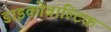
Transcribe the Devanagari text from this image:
डाइकोबाल्टिक